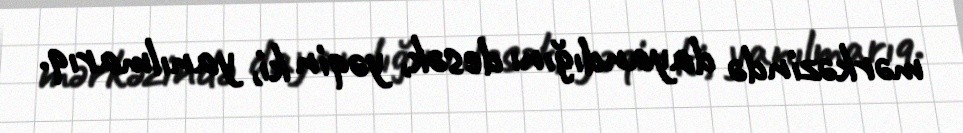
mərkəzində dayandığını desək, yəqin ki, yanılmarıq.